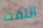
التفت